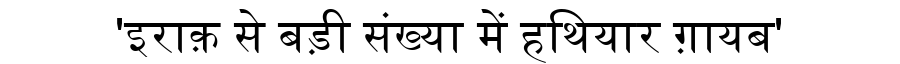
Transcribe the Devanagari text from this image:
'इराक़ से बड़ी संख्या में हथियार ग़ायब'